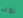
تؤكد